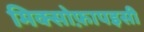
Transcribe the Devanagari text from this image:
मिक्सोफ़ापइसी